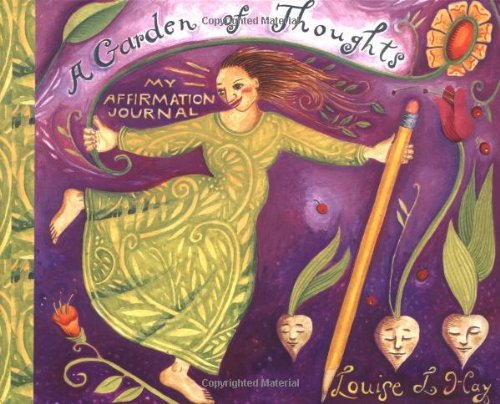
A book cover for A Garden of Thoughts: My Affirmation Journal (Journals); Louise L. Hay; Self-Help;